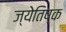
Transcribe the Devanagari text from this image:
ज्येतिष्क